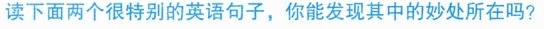
读下面两个很特别的英语句子，你能发现其中的妙处所在吗?